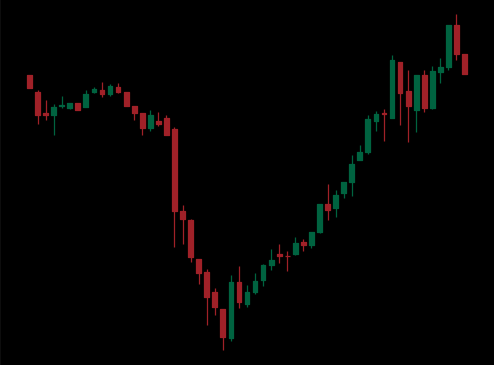
Pattern: inverse_head_shoulders